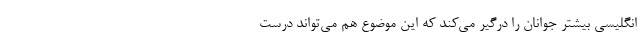
انگلیسی بیشتر جوانان را درگیر می‌کند که این موضوع هم می‌تواند درست